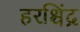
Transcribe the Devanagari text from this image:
हरश्चिंद्र